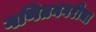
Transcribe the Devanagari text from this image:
गणितनगरीचा